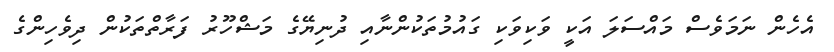
އެހެން ނަމަވެސް މައްސަލަ އަކީ ވަކިވަކި ގައުމުތަކުންނާއި ދުނިޔޭގެ މަޝްހޫރު ފަރާތްތަކުން ދިވެހިންގެ